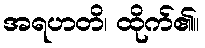
အရဟတိ၊ ထိုက်၏။